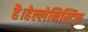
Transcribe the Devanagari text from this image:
है।हेल्लेनिस्टिक